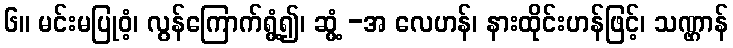
၆။ မင်းမပြုဝံ့၊ လွန်ကြောက်ရွံ့၍၊ ဆွံ့ -အ လေဟန်၊ နားထိုင်းဟန်ဖြင့်၊ သဏ္ဌာန်